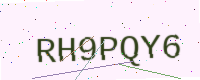
Text: RH9PQY6